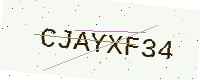
Text: CJAYXF34